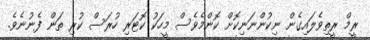
ރީމް ރީތިވެލައިގެން ނިކުންނަނިކޮށް ކޮންމެވެސް މީހަކު ކޮޓަރި ހުރަސް ކުރި ތަން ފެނުނެވެ.